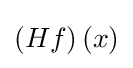
{\textstyle \left(Hf\right)\left(x\right)}